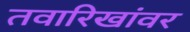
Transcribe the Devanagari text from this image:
तवारिखांवर